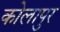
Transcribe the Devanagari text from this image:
कोलापुर